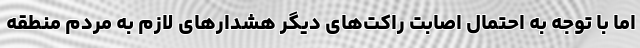
اما با توجه به ‌احتمال اصابت راکت‌های دیگر هشدارهای لازم به مردم منطقه